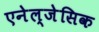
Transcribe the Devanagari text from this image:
एनेल्जेसिक